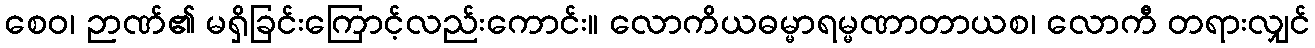
စေဝ၊ ဉာဏ်၏ မရှိခြင်းကြောင့်လည်းကောင်း။ လောကိယဓမ္မာရမ္မဏာတာယစ၊ လောကီ တရားလျှင်